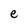
Character: e